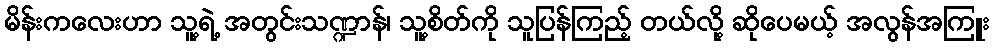
မိန်းကလေးဟာ သူ့ရဲ့ အတွင်းသဏ္ဍာန်၊ သူ့စိတ်ကို သူပြန်ကြည့် တယ်လို့ ဆိုပေမယ့် အလွန်အကြူး